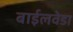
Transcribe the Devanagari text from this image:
बाईलवेडा